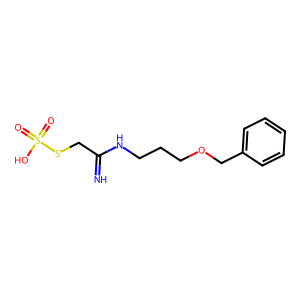
SMILES: N=C(CSS(=O)(=O)O)NCCCOCc1ccccc1
Inhibits HIV replication: No